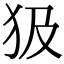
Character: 𤜯